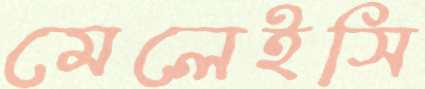
মেলেইসি